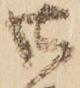
御